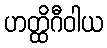
ဟတ္ထိဂီဝါယ